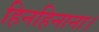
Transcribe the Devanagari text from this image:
हिनहिनाना।